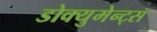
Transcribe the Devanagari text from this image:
डोक्युमेन्ट्स